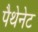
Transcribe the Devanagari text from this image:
पैथेनेट